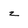
Character: z